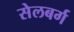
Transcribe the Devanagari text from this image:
सेलबर्ग